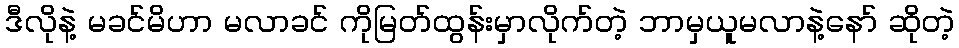
ဒီလိုနဲ့ မခင်မိဟာ မလာခင် ကိုမြတ်ထွန်းမှာလိုက်တဲ့ ဘာမှယူမလာနဲ့နော် ဆိုတဲ့